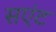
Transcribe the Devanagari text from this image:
सएंट